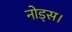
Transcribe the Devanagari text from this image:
नोड्स।